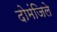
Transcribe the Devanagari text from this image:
दोमंजिले